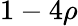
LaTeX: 1-4\rho